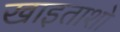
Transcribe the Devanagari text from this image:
खाइताशो